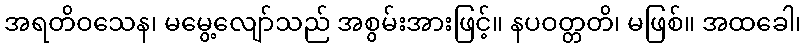
အရတိဝသေန၊ မမွေ့လျော်သည် အစွမ်းအားဖြင့်။ နပဝတ္တတိ၊ မဖြစ်။ အထခေါ၊